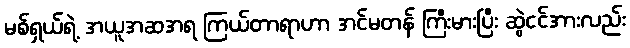
မစ်ရှယ်ရဲ့ အယူအဆအရ ကြယ်တာရာဟာ အင်မတန် ကြီးမားပြီး ဆွဲငင်အားလည်း